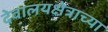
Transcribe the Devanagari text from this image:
देवालयक्षेत्राच्या